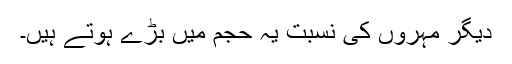
دیگر مہروں کی نسبت یہ حجم میں بڑے ہوتے ہیں۔